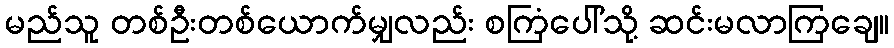
မည်သူ တစ်ဦးတစ်ယောက်မျှလည်း စကြံပေါ်သို့ ဆင်းမလာကြချေ။